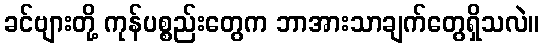
ခင်ဗျားတို့ ကုန်ပစ္စည်းတွေက ဘာအားသာချက်တွေရှိသလဲ။